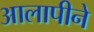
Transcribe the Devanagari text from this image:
आलापीने